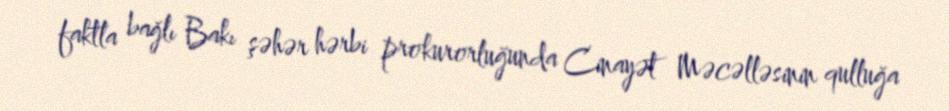
faktla bağlı Bakı şəhər hərbi prokurorluğunda Cinayət Məcəlləsinin qulluğa